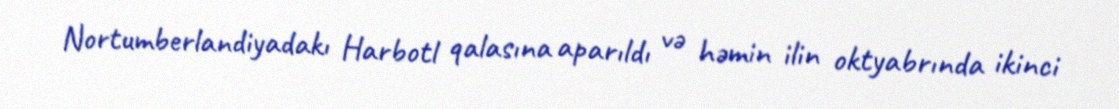
Nortumberlandiyadakı Harbotl qalasına aparıldı və həmin ilin oktyabrında ikinci